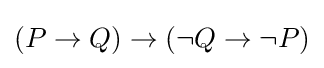
(P\to Q)\to (\neg Q\to \neg P)